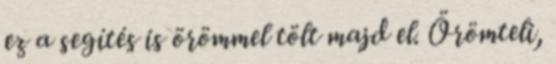
ez a segítés is örömmel tölt majd el. Örömteli,